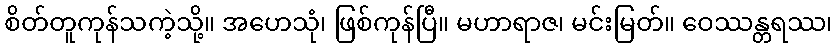
စိတ်တူကုန်သကဲ့သို့။ အဟေသုံ၊ ဖြစ်ကုန်ပြီ။ မဟာရာဇ၊ မင်းမြတ်။ ဝေဿန္တရဿ၊